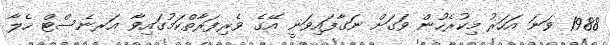
1988 ވަނަ އަހަރު މިކުރެހުން ވަގަށް ނަގާފައިވަނީ އޭގެ ވެރިފަރާތްކަމުގައިވާ އަރނެސްޓް ހެލާ